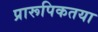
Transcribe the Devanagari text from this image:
प्रारूपिकतया